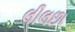
લીલછા